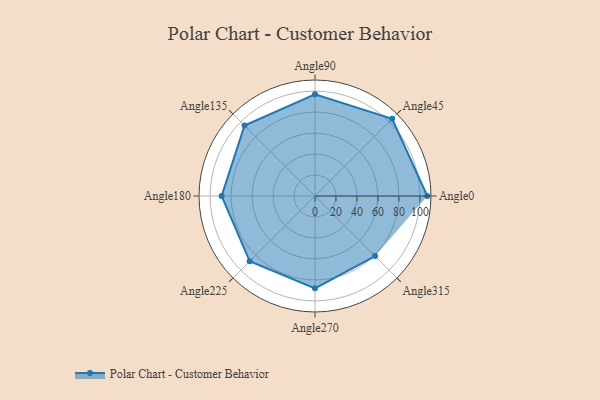
{"axis": {"x": "Angle", "y": "Radius"}, "legend": [""], "data": [{"x": "Angle0", "y": 107.0, "type": ""}, {"x": "Angle45", "y": 104.0, "type": ""}, {"x": "Angle90", "y": 97.0, "type": ""}, {"x": "Angle135", "y": 95.0, "type": ""}, {"x": "Angle180", "y": 89.0, "type": ""}, {"x": "Angle225", "y": 88.0, "type": ""}, {"x": "Angle270", "y": 88.0, "type": ""}, {"x": "Angle315", "y": 81.0, "type": ""}]}